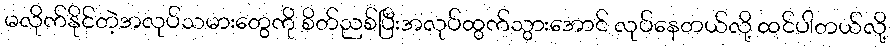
မလိုက်နိုင်တဲ့အလုပ်သမားတွေကို စိတ်ညစ်ပြီးအလုပ်ထွက်သွားအောင် လုပ်နေတယ်လို့ ထင်ပါတယ်လို့